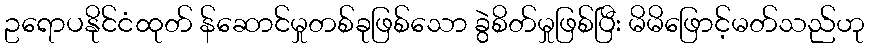
ဥရောပနိုင်ငံထုတ် န်ဆောင်မှုတစ်ခုဖြစ်သော ခွဲစိတ်မှုဖြစ်ပြီး မိမိဖြောင့်မတ်သည်ဟု